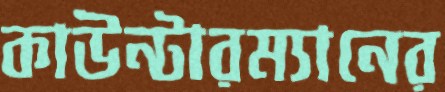
কাউন্টারম্যানের